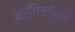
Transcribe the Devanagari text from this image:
मर्गिनलिटी